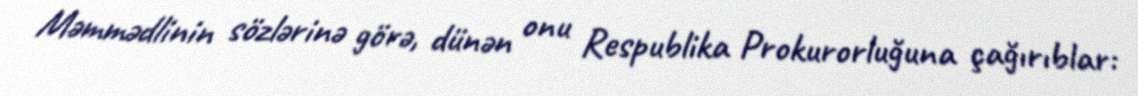
Məmmədlinin sözlərinə görə, dünən onu Respublika Prokurorluğuna çağırıblar: